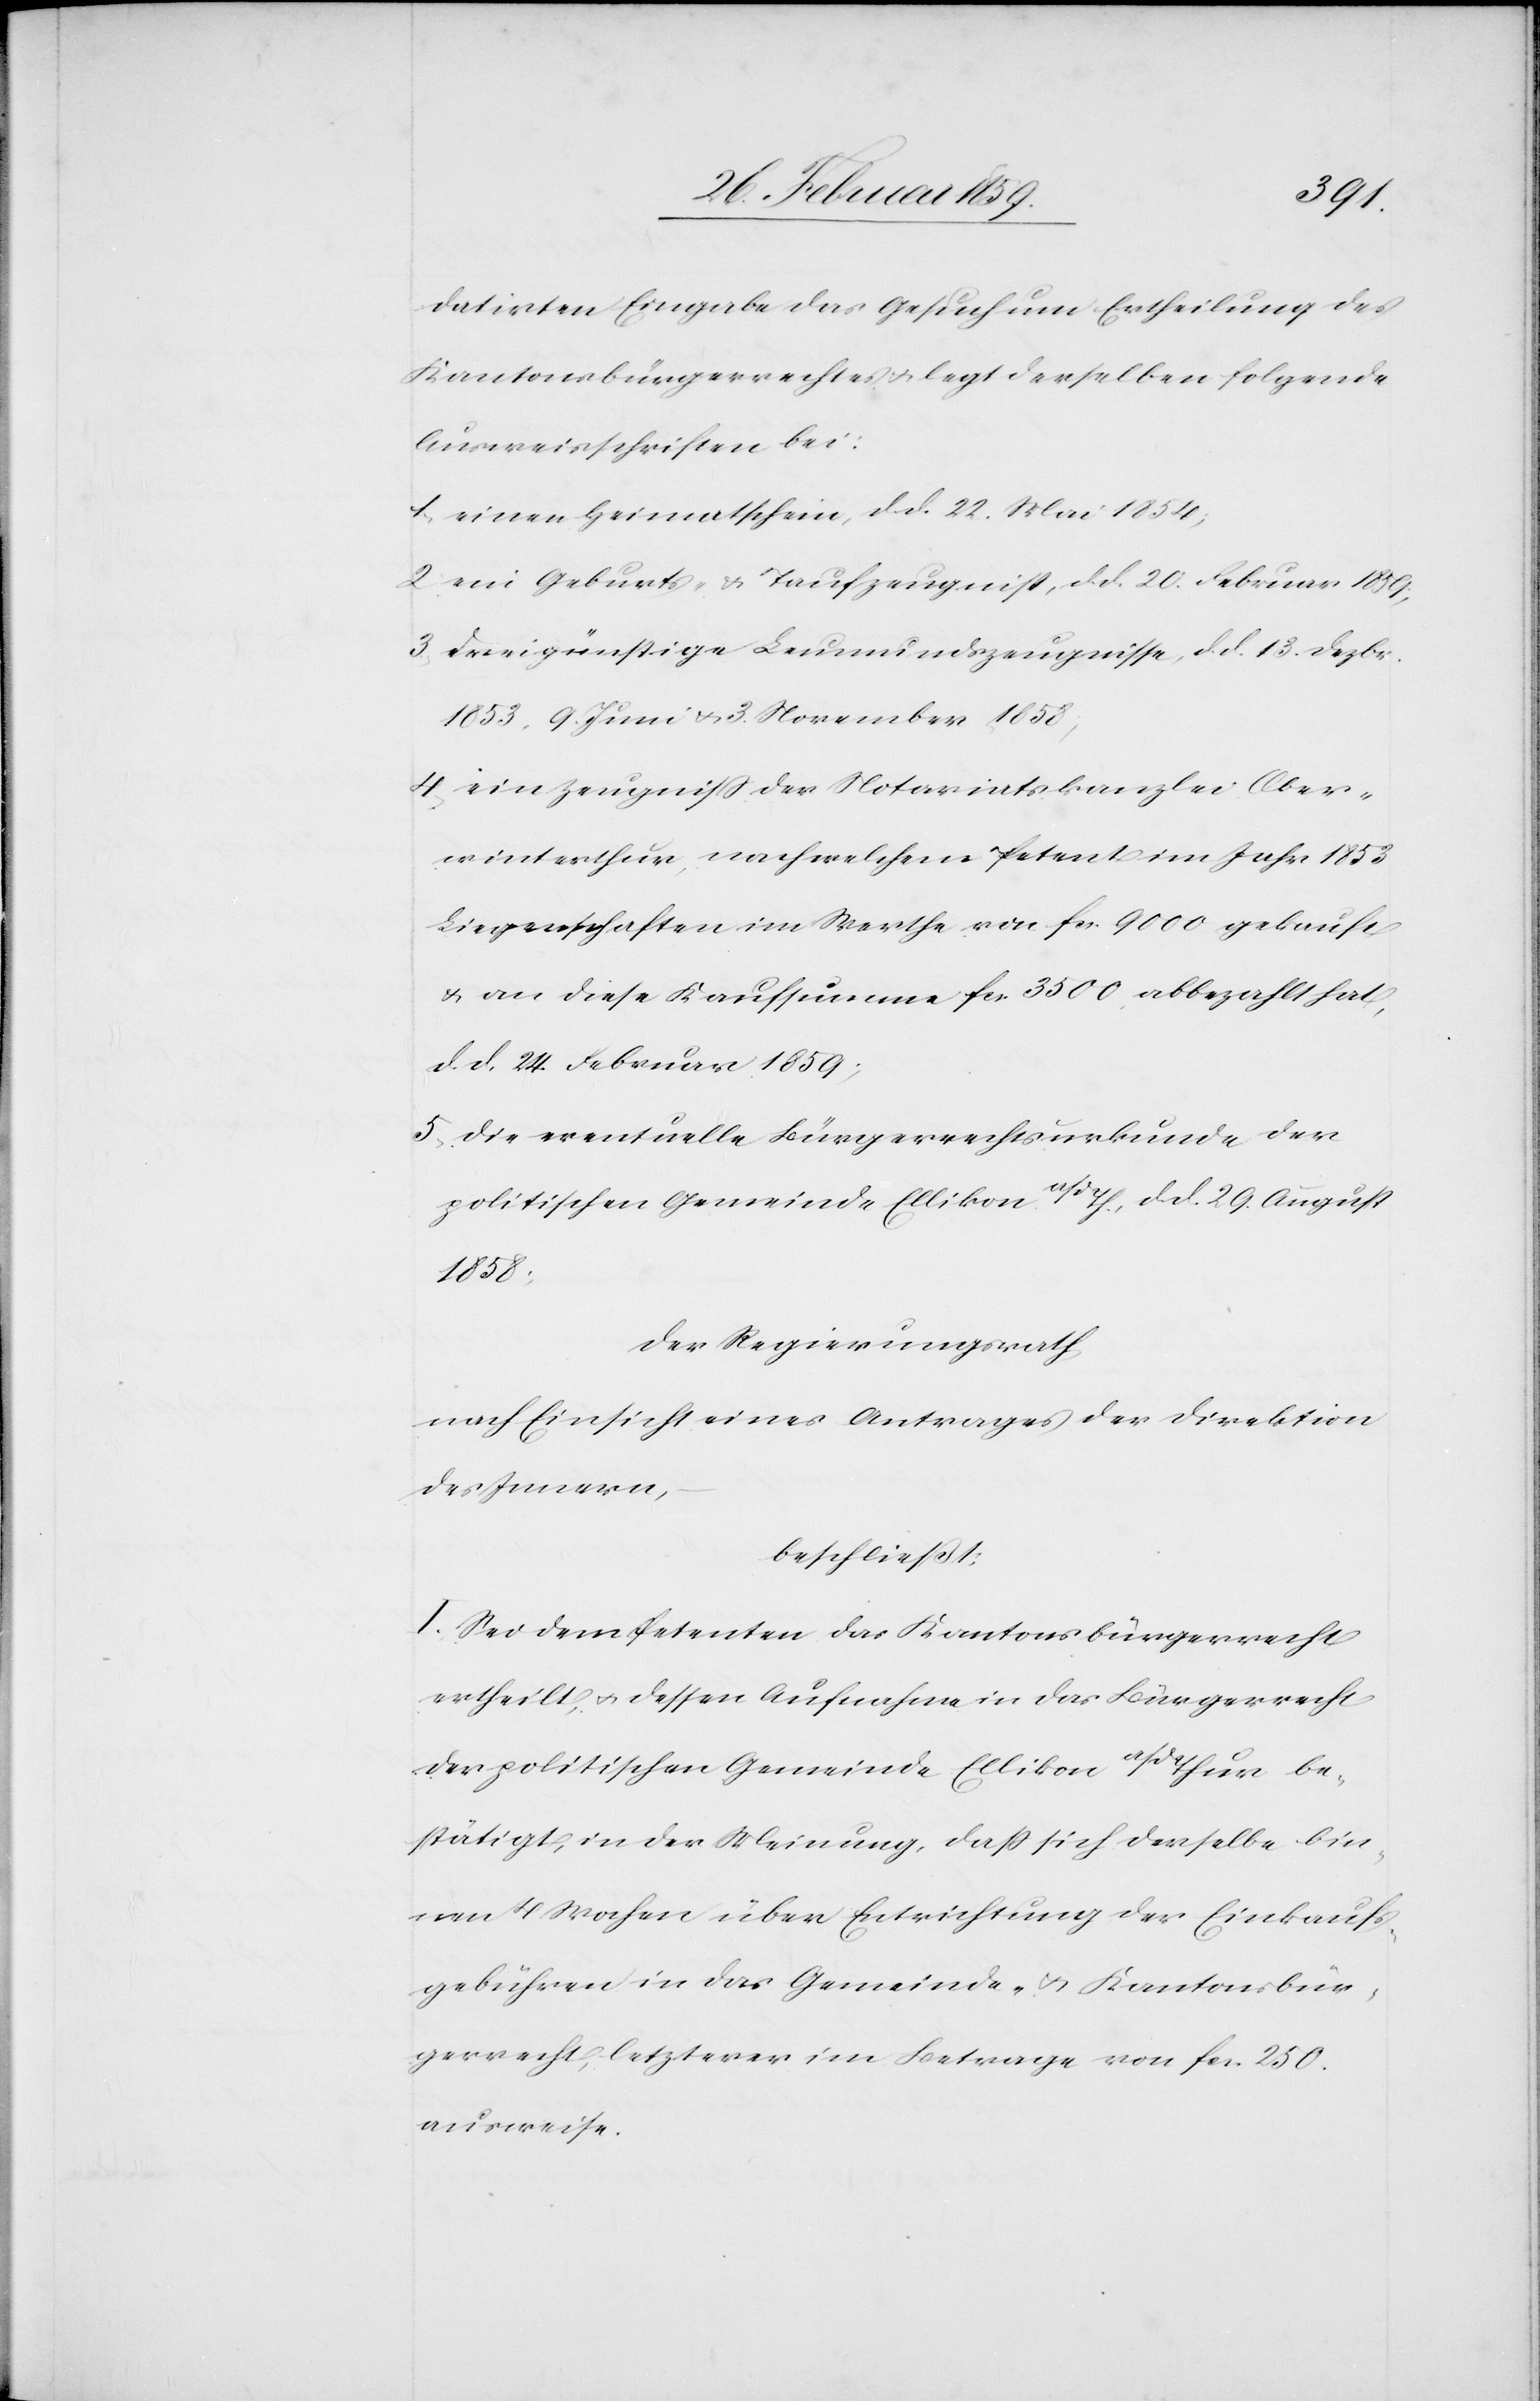
datirten Eingabe das Gesuch um Ertheilung des
Kantonsbürgerrechtes u. legt derselben folgende
Ausweisschriften bei:
1) einen Heimatschein, d. d. 22. Mai 1854;
2) ein Geburts- & Taufzeugniß, d. d. 20. Februar 1859;
3) drei günstige Leumundszeugnisse, d. d. 13. Dezbr.
1853, 9. Juni u. 3. November 1858;
4) ein Zeugniß der Notariatskanzlei Ober¬
winterthur, nach welchem Petent im Jahr 1853
Liegenschaften im Werthe von fcs. 9000 gekauft
u. an diese Kaufsumme fcs. 3500 abbezahlt hat,
d. d. 24. Februar 1859;
5) die eventuelle Bürgerrechtsurkunde der
politischen Gemeinde Ellikon a/d Th., d. d. 29. August
1858;
Der Regierungsrath,
nach Einsicht eines Antrages der Direktion
des Innern,
beschließt:
I. Sei dem Petenten das Kantonsbürgerrecht
ertheilt, u. dessen Aufnahme in das Bürgerrecht
der politischen Gemeinde Ellikon a/d Thur be¬
stätigt, in der Meinung, daß sich derselbe bin¬
nen 4 Wochen über Entrichtung der Einkaufs¬
gebühren in das Gemeinde- u. Kantonsbür¬
gerrecht, letzterer im Betrage von fcs. 250.
ausweise.